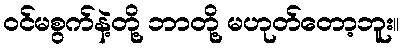
ဝင်မစွက်နဲ့တို့ ဘာတို့ မဟုတ်တော့ဘူး။